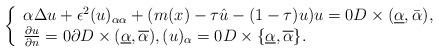
LaTeX: \begin{align*}\left\{\begin{array}{ll}\alpha {\Delta} u + \epsilon^2 (u)_{\alpha\alpha} + (m(x) - \tau\hat u - (1-\tau)u) u = 0 D \times (\underline\alpha, \bar\alpha),\\\frac{\partial u}{\partial n} = 0 \partial D \times (\underline\alpha , \overline\alpha), (u)_\alpha = 0 D \times \{\underline\alpha,\overline\alpha\}.\end{array}\right.\end{align*}